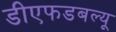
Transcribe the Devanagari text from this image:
डीएफडबल्‍यू